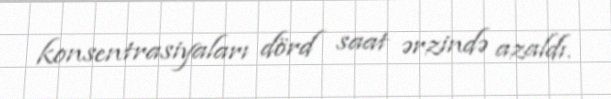
konsentrasiyaları dörd saat ərzində azaldı.